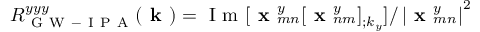
R _ { \mathrm { ~ G ~ W ~ - ~ I ~ P ~ A ~ } } ^ { y y y } ( \textbf { k } ) = { \mathrm { ~ I ~ m ~ } } [ \textbf { x } _ { m n } ^ { y } [ \textbf { x } _ { n m } ^ { y } ] _ { ; k _ { y } } ] / \left| \textbf { x } _ { m n } ^ { y } \right| ^ { 2 }